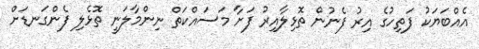
އެއްބަޔަކު ފަތިހުގެ އިރު ފެނުން ތޮޅިލާއިރު ފަށާ މަސައްކަތް ނިންމާލަނީ ތޮޅެލި ފެންގަނޑަށް